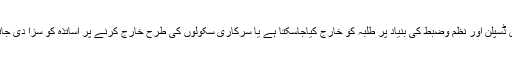
کیا وہاں ڈسپلن اور نظم وضبط کی بنیاد پر طلبہ کو خارج کیاجاسکتا ہے یا سرکاری سکولوں کی طرح خارج کرنے پر اساتذہ کو سزا دی جاتی ہے؟